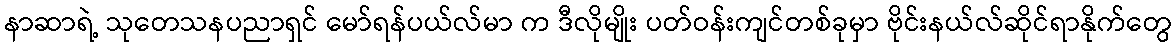
နာဆာရဲ့ သုတေသနပညာရှင် မော်ရန်ပယ်လ်မာ က ဒီလိုမျိုး ပတ်ဝန်းကျင်တစ်ခုမှာ ဗိုင်းနယ်လ်ဆိုင်ရာနိုက်တွေ